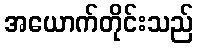
အယောက်တိုင်းသည်